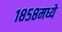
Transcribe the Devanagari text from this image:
१८५८मध्ये